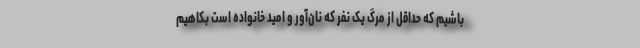
باشیم که حداقل از مرگ یک نفر که نان‌آور و امید خانواده است بکاهیم